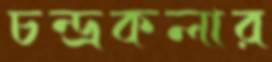
চন্দ্রকলার